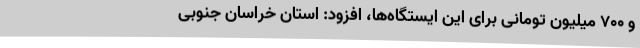
و 700 میلیون تومانی برای این ایستگاه‌ها، افزود: استان خراسان جنوبی